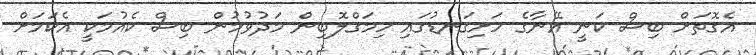
އެގޮތަށް ބިސް ކަނީ އޭނާގެ ހަށިގަނޑުގައި ހިމަގްލޮބިން މަދުވުމުން ބިސް ކެއުމަކީ އެކަމަށް